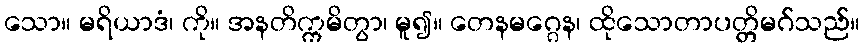
သော။ မရိယာဒံ၊ ကို။ အနတိက္ကမိတွာ၊ မူ၍။ တေနမဂ္ဂေန၊ ထိုသောတာပတ္တိမဂ်သည်။